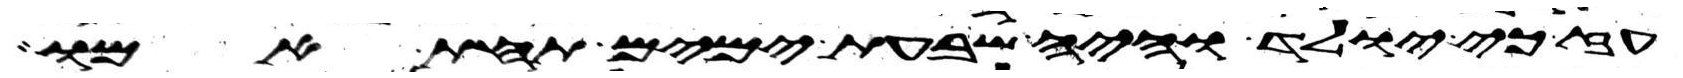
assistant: עז כי יולד והיה שבעת ימים תחת אמו